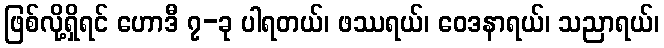
ဖြစ်လို့ရှိရင် ဟောဒီ ၇-ခု ပါရတယ်၊ ဖဿရယ်၊ ဝေဒနာရယ်၊ သညာရယ်၊